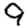
Digit: 9